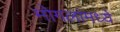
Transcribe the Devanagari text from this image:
मोगलांमध्ये